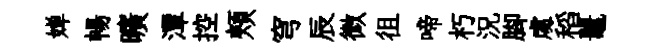
婵暢曠潭控頰穹辰微徂啼朽況腳䖏稻鼉